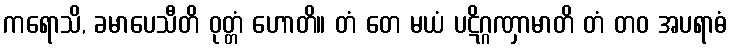
ကရောသိ, ခမာပေသီတိ ဝုတ္တံ ဟောတိ။ တံ တေ မယံ ပဋိဂ္ဂဏှာမာတိ တံ တဝ အပရာဓံ